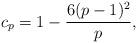
LaTeX: \begin{gather*}c_{p}=1-\frac{6(p-1)^{2}}{p},\end{gather*}